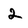
Character: 2